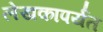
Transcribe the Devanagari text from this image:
लेखकापर्यंत